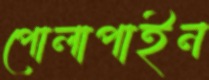
পোলাপাইন